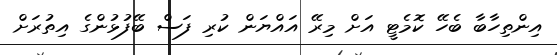
އިންތިހާބާ ބެހޭ ކޮމެޓީ އަށް މިރޭ އައްޔަން ކުރި ފަސް ބޭފުޅުންގެ އިތުރަށް